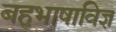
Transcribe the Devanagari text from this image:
बहुभाषाविज्ञ